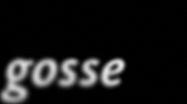
gosse